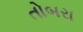
તોબરા